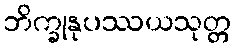
ဘိက္ခုနုပဿယသုတ္တ